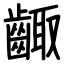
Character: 齱